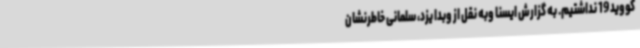
کووید 19 نداشتیم. به گزارش ایسنا وبه نقل از وبدا یزد، سلمانی خاطرنشان